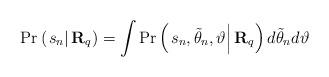
LaTeX: \begin{align*}\Pr\left( {\left. {{s_n}} \right|{{\bf{R}}_q}} \right) = \int {\Pr\left( {\left. {{s_n},{{\tilde \theta }_n},\vartheta } \right|{{\bf{R}}_q}} \right)d{{\tilde \theta }_n}} d\vartheta \end{align*}